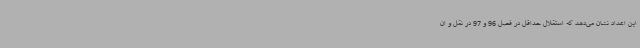
این اعداد نشان می‌دهد که استقلال حداقل در فصل 96 و 97 در نقل و ان